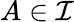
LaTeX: A\in{\mathcal{I}}